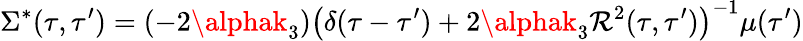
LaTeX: {}\Sigma^{*}(\tau,\tau^{\prime})=(-2\alphak_{3})\left(\delta(\tau-\tau^{\prime})+2\alphak_{3}\mathcal{R}^{2}(\tau,\tau^{\prime})\right)^{-1}\mu(\tau^{\prime})